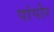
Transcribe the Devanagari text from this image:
पांपोर